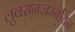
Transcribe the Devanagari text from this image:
लुवसनजम्बयिन